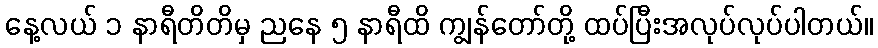
နေ့လယ် ၁ နာရီတိတိမှ ညနေ ၅ နာရီထိ ကျွန်တော်တို့ ထပ်ပြီးအလုပ်လုပ်ပါတယ်။